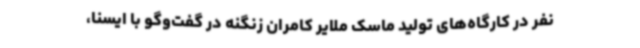
نفر در کارگاه‌های تولید ماسک ملایر کامران زنگنه در گفت‌وگو با ایسنا،